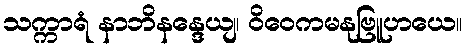
သက္ကာရံ နာဘိနန္ဒေယျ၊ ဝိဝေကမနုဗြူဟယေ။